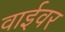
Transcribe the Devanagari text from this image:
वाईवर